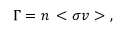
\Gamma = n \, < \sigma v > \ ,